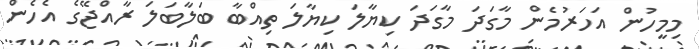
މިމީހުން އަހަރުމެން މާގަދަ މާގަދަ ކިޔާލަ ކިޔާލަ ތިއްބާ ބަލާބަލަ ރާއްޖޭގެ އެހެން